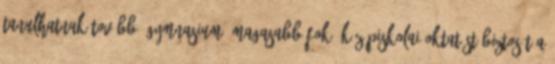
tanulhatnak tovább. Gymnasium: magasabb fokú középiskolai oktatást biztosít a